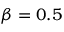
\beta = 0 . 5